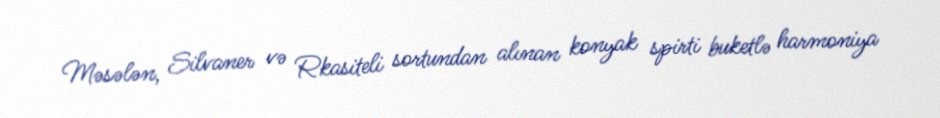
Məsələn, Silvaner və Rkasiteli sortundan alınan konyak spirti buketlə harmoniya